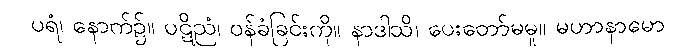
ပရံ၊ နောက်၌။ ပဋိညံ၊ ဝန်ခံခြင်းကို။ နာဒါသိ၊ ပေးတော်မမူ။ မဟာနာမော